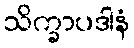
သိက္ခာပဒါနံ